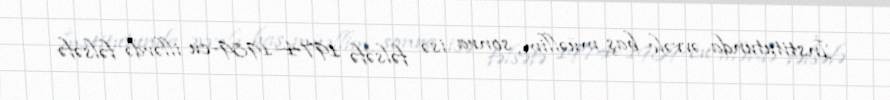
İnstitutunda əvvəlc baş müəllim, sonra isə fəlsəfə 1974–1989-cu illərdə fəlsəfə